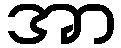
အာ